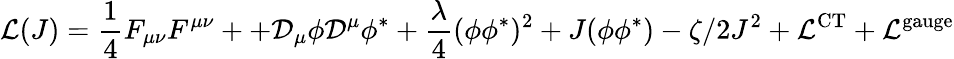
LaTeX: {\cal L}(J)=\frac{1}{4}F_{\mu\nu}F^{\mu\nu}++{\cal D}_{\mu}\phi{\cal D}^{\mu}\phi^{*}+\frac{\lambda}{4}(\phi\phi^{*})^{2}+J(\phi\phi^{*})-\zeta/2J^{2}+{\cal L}^{\mathrm{CT}}+{\cal L}^{\mathrm{gauge}}